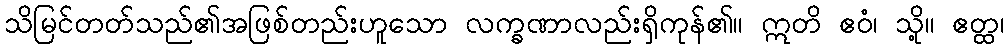
သိမြင်တတ်သည်၏အဖြစ်တည်းဟူသော လက္ခဏာလည်းရှိကုန်၏။ ဣတိ ဧဝံ၊ သို့။ ဧတ္ထ၊